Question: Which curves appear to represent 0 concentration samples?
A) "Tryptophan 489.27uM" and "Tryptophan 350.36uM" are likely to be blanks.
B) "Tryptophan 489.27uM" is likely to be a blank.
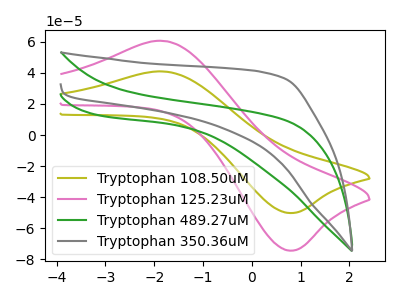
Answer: <think>The olive curve "Tryptophan 108.50uM" has an anodic peak at (-1.80V, 40.80uA) and a cathodic peak at (0.75V, -50.10uA). The pink curve "Tryptophan 125.23uM" has an anodic peak at (-1.80V, 60.45uA) and a cathodic peak at (0.75V, -74.25uA). The green curve "Tryptophan 489.27uM" has no peaks. The gray curve "Tryptophan 350.36uM" has no peaks.</think>
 <answer>A) "Tryptophan 489.27uM" and "Tryptophan 350.36uM" are likely to be blanks.</answer>
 <eval>A</eval>